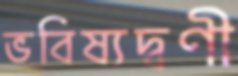
ভবিষ্যদ্বণী